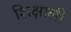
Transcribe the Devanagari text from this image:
शिक्षाली